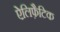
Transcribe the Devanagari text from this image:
ऐलिफ़ैटिक